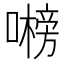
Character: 𭋞